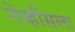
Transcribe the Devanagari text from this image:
नेव्हीसला